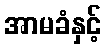
အာမခံနှင့်